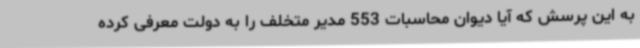
به این پرسش که آیا دیوان محاسبات 553 مدیر متخلف را به دولت معرفی کرده